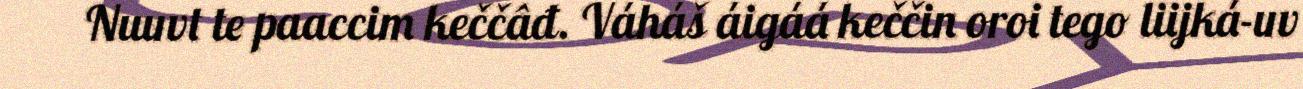
Nuuvt te paaccim keččâđ. Váháš áigáá keččin oroi tego liijká-uv